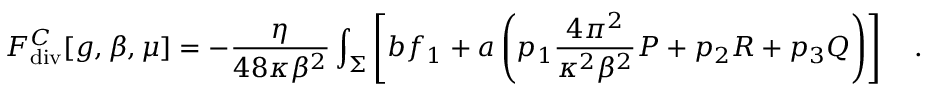
F _ { \tiny \mathrm { d i v } } ^ { C } [ g , \beta , \mu ] = - { \frac { \eta } { 4 8 \kappa \beta ^ { 2 } } } \int _ { \Sigma } \left[ b f _ { 1 } + a \left( p _ { 1 } { \frac { 4 \pi ^ { 2 } } { \kappa ^ { 2 } \beta ^ { 2 } } } { \cal P } + p _ { 2 } R + p _ { 3 } { \cal Q } \right) \right] ~ ~ ~ .